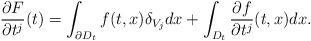
LaTeX: \begin{align*} \frac{\partial F}{\partial t^j}(t)=\int_{\partial D_t}f(t,x)\delta_{V_j}dx+\int_{D_t}\frac{\partial f}{\partial t^j}(t,x)dx.\end{align*}